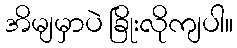
အိမျမှာပဲ ခြိုးလိုကျပါ။